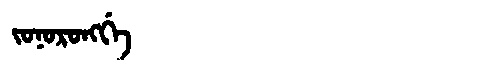
Manchu: ᠵᠣᠨᠣᡵᠣᠩᡤᡝ
Romanization: JONORONGGE